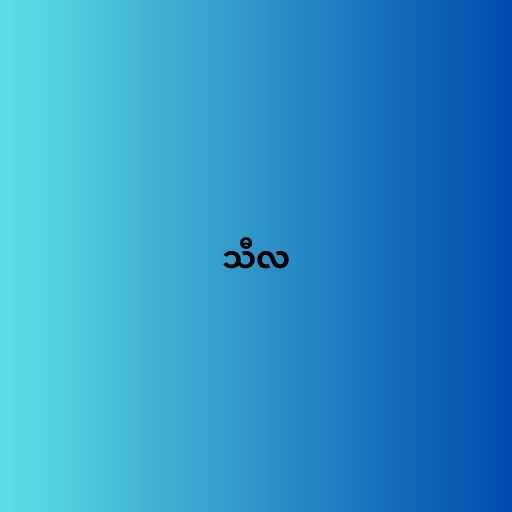
သီလ